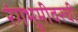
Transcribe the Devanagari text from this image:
रंगभूमीवरची